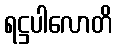
ရဋ္ဌပါလောတိ